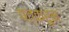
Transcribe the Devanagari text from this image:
पत्‍करुन